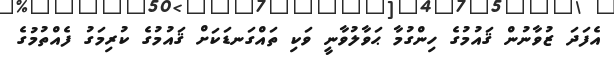
އެފަދަ ޒުވާނުން ޤައުމުގެ ހިންގުމާ ޙަވާލުވާނީ ވަކި ތައްގަނޑަކަށް ޤައުމުގެ ކުރިމަގު ފެއްތުމުގެ